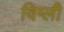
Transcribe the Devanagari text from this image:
विग्ली